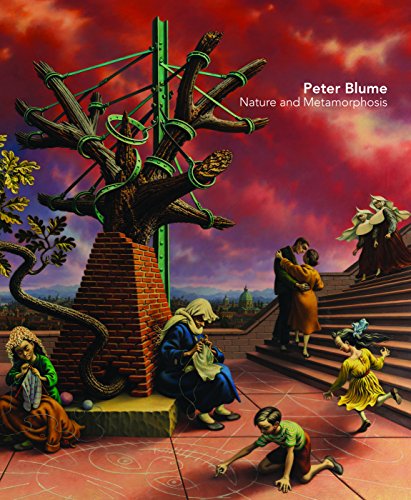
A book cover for Peter Blume: Nature and Metamorphosis; Arts & Photography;